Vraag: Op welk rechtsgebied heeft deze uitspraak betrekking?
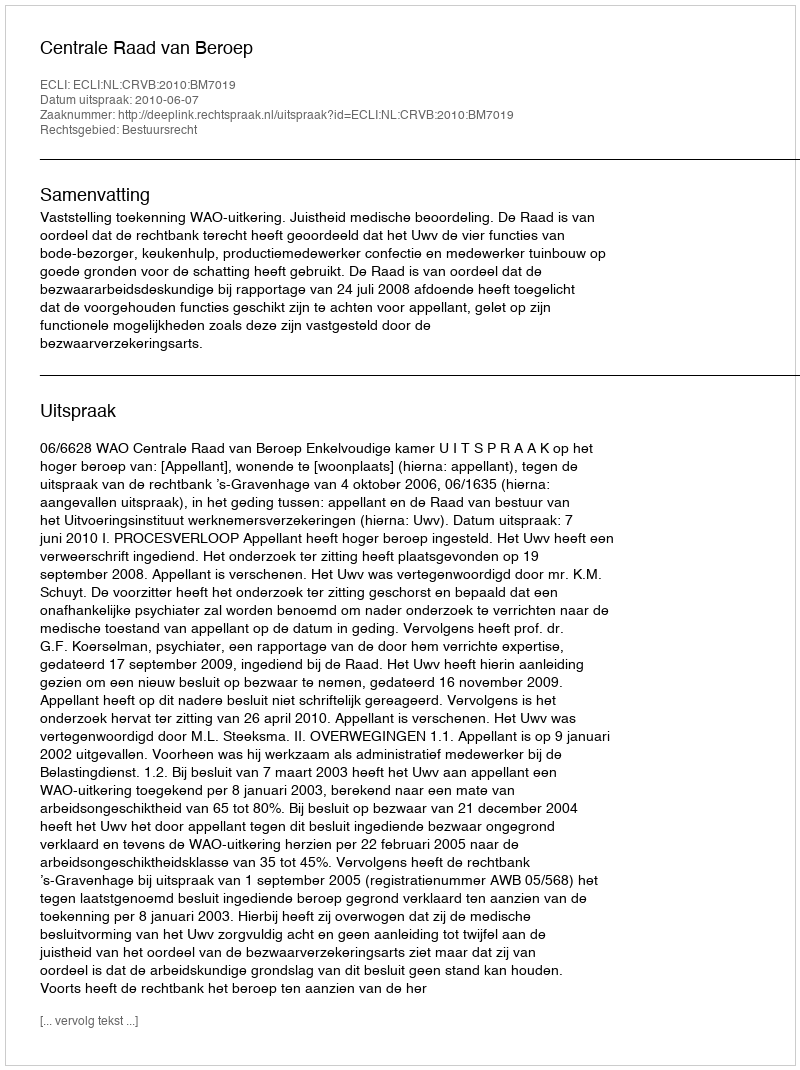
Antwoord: Bestuursrecht